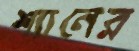
শ্যানের